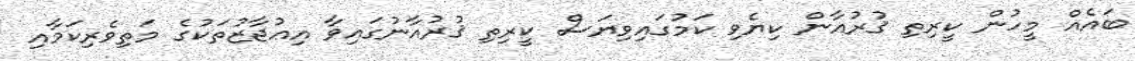
ބައެއް މީހުން ކީރިތި ޤުރުއާން ކިޔެވި ކަމުގައިވިޔަސް ކީރިތި ޤުރުއާނުގައިވާ އިޢުޖާޒުތަކުގެ މަތިވެރިކަމާއި